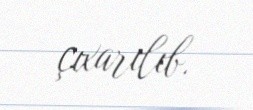
çıxarılıb.